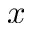
x